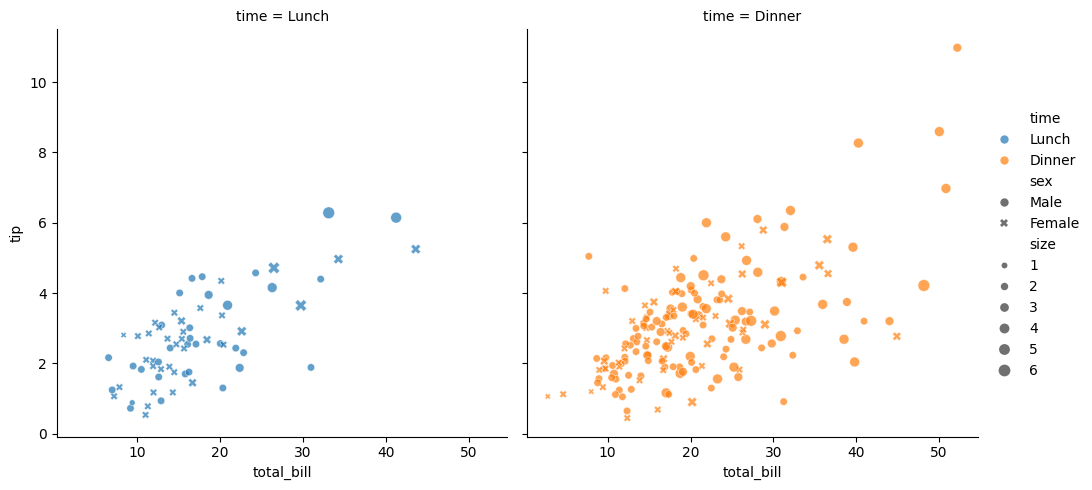
python, seaborn, relplot, alpha=0.7